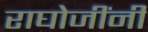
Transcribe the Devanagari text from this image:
राघोजींनी